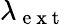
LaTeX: \lambda_{\mathrm{~e~x~t~}}